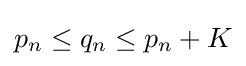
p_{n}\leq q_{n}\leq p_{n}+K